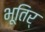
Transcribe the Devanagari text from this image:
भूतिर्